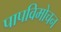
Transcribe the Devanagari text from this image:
पापविमोचन